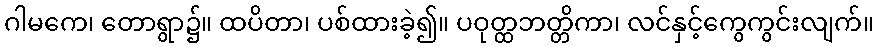
ဂါမကေ၊ တောရွာ၌။ ထပိတာ၊ ပစ်ထားခဲ့၍။ ပဝုတ္ထဘတ္တိကာ၊ လင်နှင့်ကွေကွင်းလျက်။